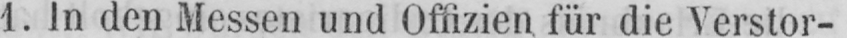
1. In den Messen und Offizien für die Verstor-